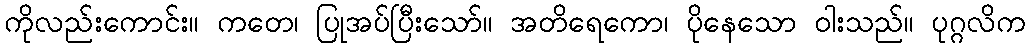
ကိုလည်းကောင်း။ ကတေ၊ ပြုအပ်ပြီးသော်။ အတိရေကော၊ ပိုနေသော ဝါးသည်။ ပုဂ္ဂလိက